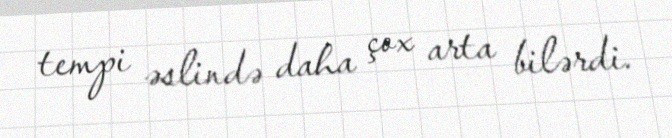
tempi əslində daha çox arta bilərdi.